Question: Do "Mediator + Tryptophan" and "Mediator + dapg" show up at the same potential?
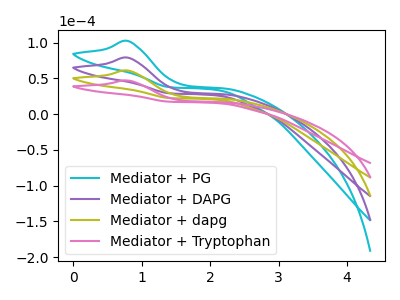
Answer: <think>The cyan curve "Mediator + PG" has an anodic peak at: (0.80V, 182.80uA). The purple curve "Mediator + DAPG" has an anodic peak at: (0.80V, 121.85uA). The olive curve "Mediator + dapg" has an anodic peak at: (0.80V, 60.95uA). The pink curve "Mediator + Tryptophan" has an anodic peak at: (0.80V, 47.05uA).
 All the peaks in "Mediator + Tryptophan" have a peak in "Mediator + dapg" at the same potential. Every peak in "Mediator + Tryptophan" is lower than every peak in "Mediator + dapg".</think>
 <answer>"Mediator + Tryptophan" and "Mediator + dapg" are similar in shape.</answer>
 <eval>same_shape</eval>